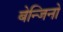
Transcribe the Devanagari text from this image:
बेन्जिनो